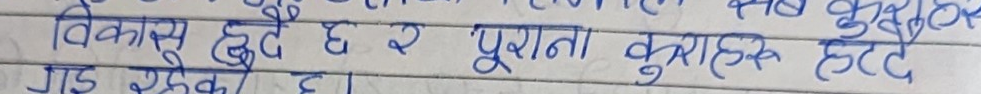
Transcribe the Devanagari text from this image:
विकास हुँदै छ र पुराना कुराहरु हटे
गएका